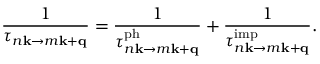
\displaystyle \frac { 1 } { \tau _ { n \mathbf { k } \to m \mathbf { k } + \mathbf { q } } } = \frac { 1 } { \tau _ { n \mathbf { k } \to m \mathbf { k } + \mathbf { q } } ^ { \mathrm { p h } } } + \frac { 1 } { \tau _ { n \mathbf { k } \to m \mathbf { k } + \mathbf { q } } ^ { \mathrm { i m p } } } .